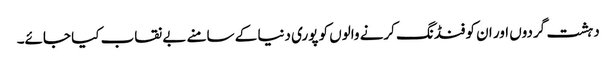
دہشت گردوں اور ان کو فنڈنگ کرنے والوں کو پوری دنیا کے سامنے بے نقاب کیا جائے۔